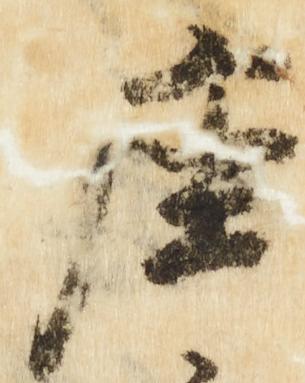
座